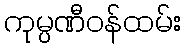
ကုမ္ပဏီဝန်ထမ်း